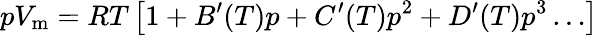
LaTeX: pV_{\mathrm{m}}=RT\left[1+B^{\prime}(T)p+C^{\prime}(T)p^{2}+D^{\prime}(T)p^{3}\ldots\right]